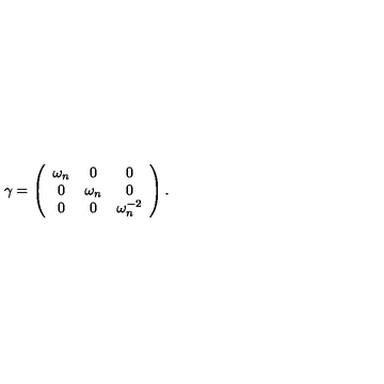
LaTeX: \gamma = \left( \begin{array} { c c c } { \omega _ { n } } & { 0 } & { 0 } \\ { 0 } & { \omega _ { n } } & { 0 } \\ { 0 } & { 0 } & { \omega _ { n } ^ { - 2 } } \\ \end{array} \right) .